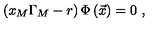
\left( x _ { M } \Gamma _ { M } - r \right) \Phi \left( \vec { x } \right) = 0 \ ,